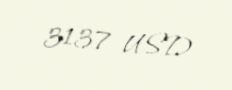
3137 USD